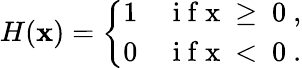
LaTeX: H(\mathbf{x})=\left\{ \begin{array}{ll}{1}&{\mathrm{~i~f~x~\ge~0~},}\\ {0}&{\mathrm{~i~f~x~<~0~}.}\end{array}\right.